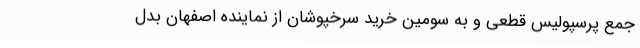
جمع پرسپولیس‌ قطعی و به سومین خرید سرخپوشان از نماینده اصفهان بدل